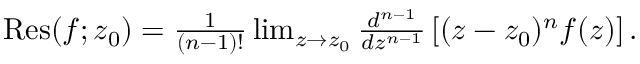
\begin{array} { r } { \operatorname { R e s } ( f ; z _ { 0 } ) = \frac { 1 } { ( n - 1 ) ! } \operatorname* { l i m } _ { z \rightarrow z _ { 0 } } \frac { d ^ { n - 1 } } { d z ^ { n - 1 } } \left[ ( z - z _ { 0 } ) ^ { n } f ( z ) \right] . } \end{array}